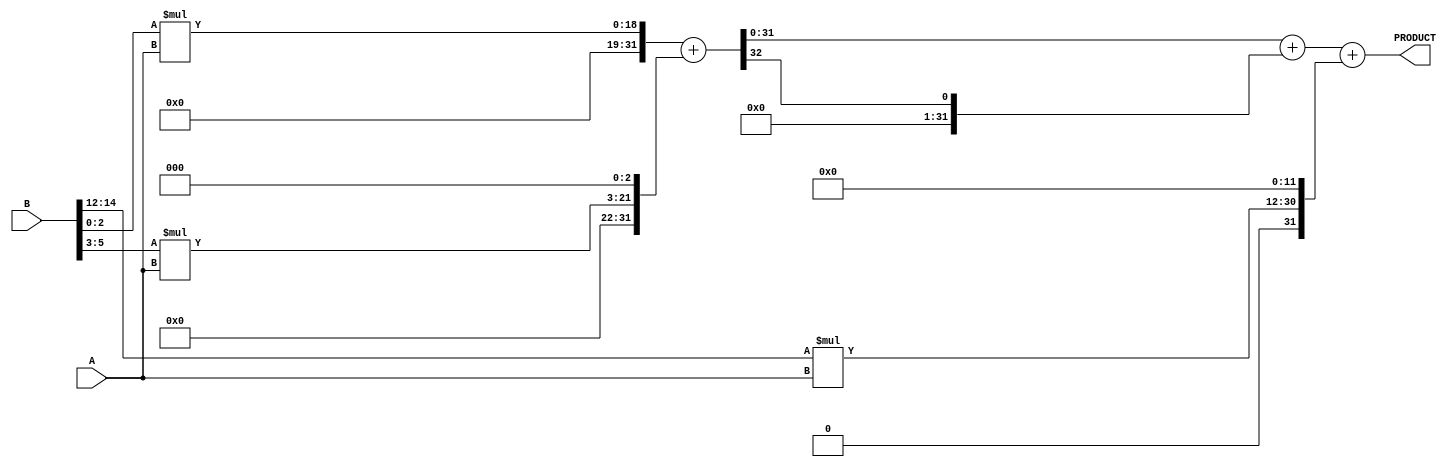
module higher_radix_wallace_multiplier #(
    parameter WIDTH = 16 // Adjust width as needed
) (
    input [WIDTH-1:0] A,
    input [WIDTH-1:0] B,
    output reg [2*WIDTH-1:0] PRODUCT
);
    // Internal signals
    wire [2*WIDTH-1:0] pp [0:(WIDTH/3)-1]; // Partial products
    wire [2*WIDTH-1:0] sum [0:WIDTH/3];    // Sums for CSA stages
    wire [2*WIDTH-1:0] carry [0:WIDTH/3];  // Carry outputs for CSA stages
    wire [2*WIDTH-1:0] final_sum, final_carry;

    // Generate partial products using Radix-8
    generate
        genvar i;
        for (i = 0; i < WIDTH/3; i = i + 1) begin: pp_gen
            assign pp[i] = (B[i*3 +: 3] * A) << (i * 3);
        end
    endgenerate

    // Carry-Save Addition - Level 1 (Combine partial products)
    // Number of CSAs will depend on how many partial products are generated
    generate
        for (i = 0; i < (WIDTH/3)/2; i = i + 1) begin: cs_add_1
            assign {carry[i], sum[i]} = pp[i*2] + pp[i*2 + 1];
        end
    endgenerate

    // Assume that after one level we might still have some leftover products
    // We will handle them at the next level
    // More levels will be required if there's more than one CSA stage
    
    // Carry Propagation for the final addition
    always @(*) begin
        // Final addition stage using a standard adder
        PRODUCT = sum[0] + carry[0] + pp[WIDTH/3-1]; // Final stage assuming some leftover
    end

endmodule